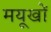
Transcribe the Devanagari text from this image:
मयूखों